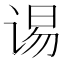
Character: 𮷉